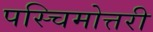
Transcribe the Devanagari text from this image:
पस्चिमोत्तरी